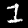
Digit: 1